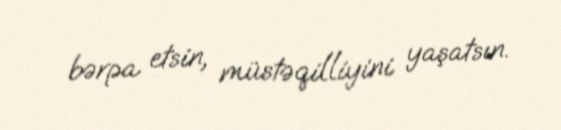
bərpa etsin, müstəqilliyini yaşatsın.